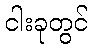
ငါးခုတွင်